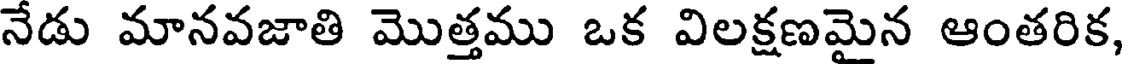
నేడు మానవజాతి మొత్తము ఒక విలక్షణమైన ఆంతరిక,